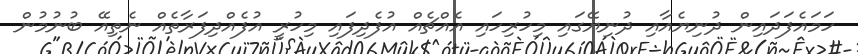
ހަމައެފަދައިން ދުނިޔެއާއި ދުނިޔޭގައި މިހުރިހައި އެއްޗެއް އުފެދިފައި މިހުރީ އުފެއްދިފަރާތެއް ނެތިއޭ ބުނުމުން